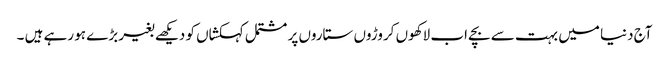
آج دنیا میں بہت سے بچے اب لاکھوں کروڑوں ستاروں پر مشتمل کہکشاں کو دیکھے بغیر بڑے ہو رہے ہیں ۔